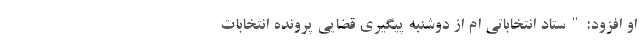
او افزود:"ستاد انتخاباتی ام از دوشنبه پیگیری قضایی پرونده انتخابات